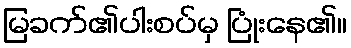
မြခက်၏ပါးစပ်မှ ပြုံးနေ၏။